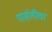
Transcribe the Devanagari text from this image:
पार्सलीचा